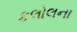
કલોલના